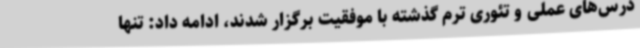
درس‌های عملی و تئوری ترم گذشته با موفقیت برگزار شدند، ادامه داد: تنها